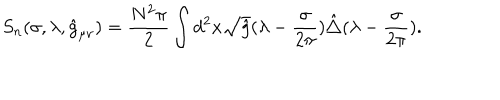
S _ { n } ( \sigma , \lambda , \hat { g } _ { \mu \nu } ) = { \frac { N ^ { 2 } \pi } { 2 } } \int d ^ { 2 } x \sqrt { \hat { g } } ( \lambda - { \frac { \sigma } { 2 \pi } } ) \hat { \triangle } ( \lambda - { \frac { \sigma } { 2 \pi } } ) .